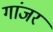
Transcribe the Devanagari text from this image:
गांजर